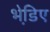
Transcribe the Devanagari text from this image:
भेडि़ए